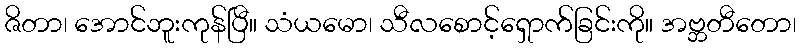
ဇိတာ၊ အောင်ဘူးကုန်ပြီ။ သံယမော၊ သီလစောင့်ရှောက်ခြင်းကို။ အဗ္ဘတီတော၊